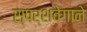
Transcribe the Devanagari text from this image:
स्पर्शवेगाने